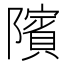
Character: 䧬